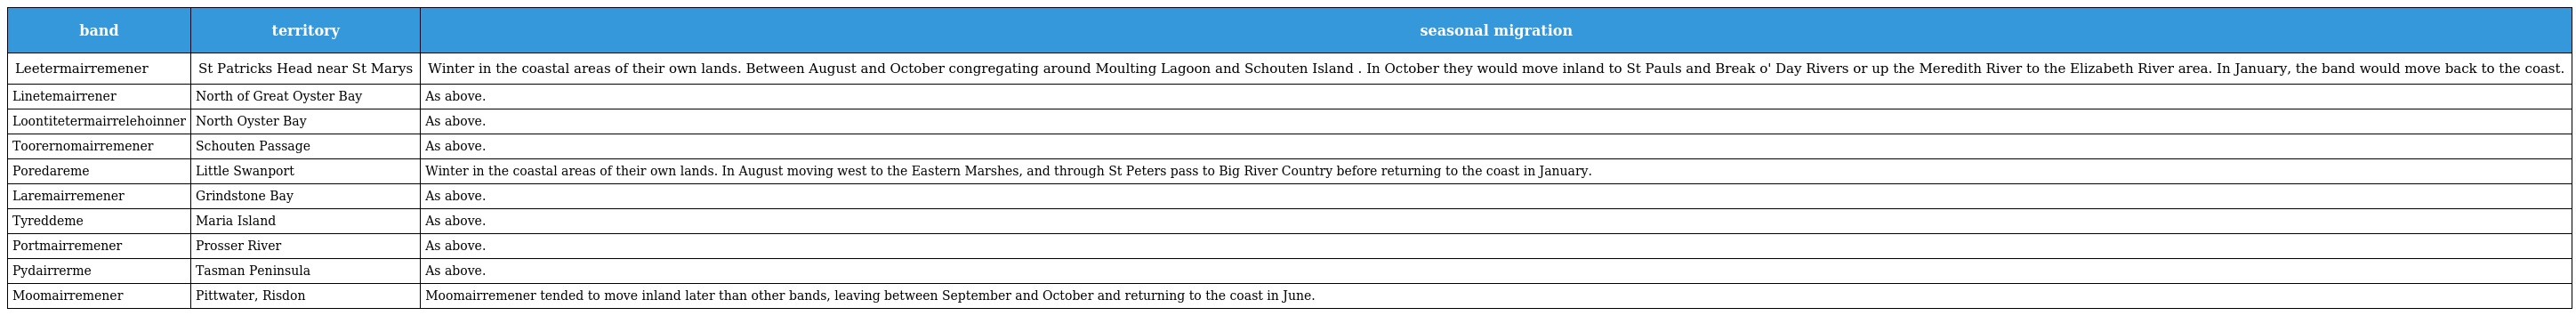
| band | territory | seasonal migration |
 | --- | --- | --- |
 | Leetermairremener | St Patricks Head near St Marys | Winter in the coastal areas of their own lands. Between August and October congregating around Moulting Lagoon and Schouten Island . In October they would move inland to St Pauls and Break o' Day Rivers or up the Meredith River to the Elizabeth River area. In January, the band would move back to the coast. |
 | Linetemairrener | North of Great Oyster Bay | As above. |
 | Loontitetermairrelehoinner | North Oyster Bay | As above. |
 | Toorernomairremener | Schouten Passage | As above. |
 | Poredareme | Little Swanport | Winter in the coastal areas of their own lands. In August moving west to the Eastern Marshes, and through St Peters pass to Big River Country before returning to the coast in January. |
 | Laremairremener | Grindstone Bay | As above. |
 | Tyreddeme | Maria Island | As above. |
 | Portmairremener | Prosser River | As above. |
 | Pydairrerme | Tasman Peninsula | As above. |
 | Moomairremener | Pittwater, Risdon | Moomairremener tended to move inland later than other bands, leaving between September and October and returning to the coast in June. |